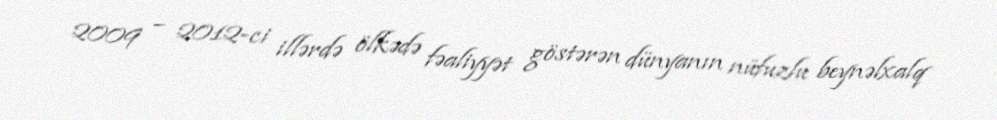
2009 – 2012-ci illərdə ölkədə fəaliyyət göstərən dünyanın nüfuzlu beynəlxalq